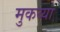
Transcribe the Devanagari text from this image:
मुकय्या